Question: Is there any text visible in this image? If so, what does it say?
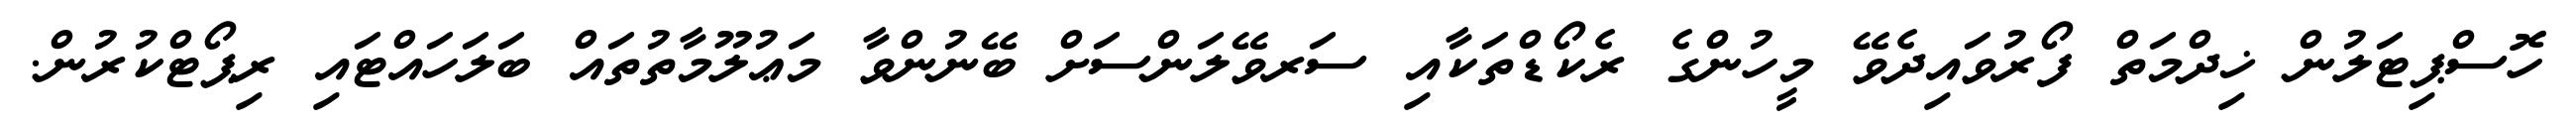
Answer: ހޮސްޕިޓަލުން ޚިދްމަތް ފޯރުވައިދެވޭ މީހުންގެ ރެކޯޑްތަކާއި ސަރވޭލަންސަށް ބޭނުންވާ މަޢުލޫމާތުތައް ބަލަހައްޓައި ރިޕޯޓްކުރުން.